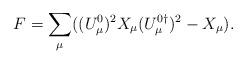
LaTeX: \begin{align*}F=\sum_\mu ((U_\mu^0)^2 X_\mu (U_\mu^{0\dagger})^2-X_\mu).\end{align*}